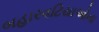
બહારવટિયાઓના